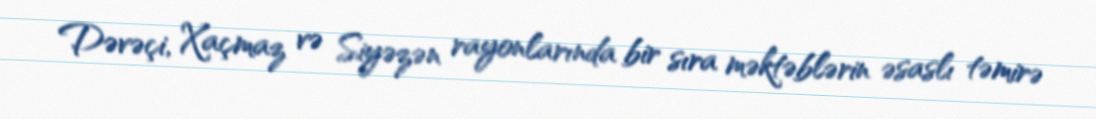
Dəvəçi, Xaçmaz və Siyəzən rayonlarında bir sıra məktəblərin əsaslı təmirə